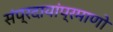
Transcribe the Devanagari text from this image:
संप्रदायांप्रमाणो